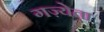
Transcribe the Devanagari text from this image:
गज़्येता